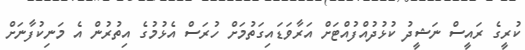
ކުރީގެ ރައީސް ނަޝީދު ކުޅުދުއްފުއްޓަށް އަރާވަޑައިގަތުމަށް ހުރަސް އެޅުމުގެ އިތުރުން އެ މަނިކުފާނަށް